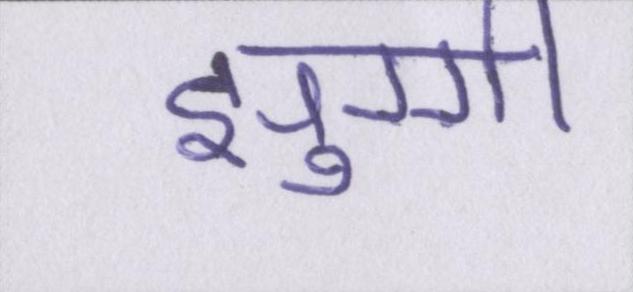
झुग्गी